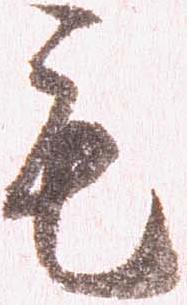
毛